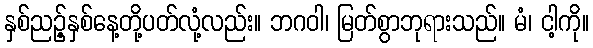
နှစ်ညဉ့်နှစ်နေ့တို့ပတ်လုံ့လည်း။ ဘဂဝါ၊ မြတ်စွာဘုရားသည်။ မံ၊ ငါ့ကို။